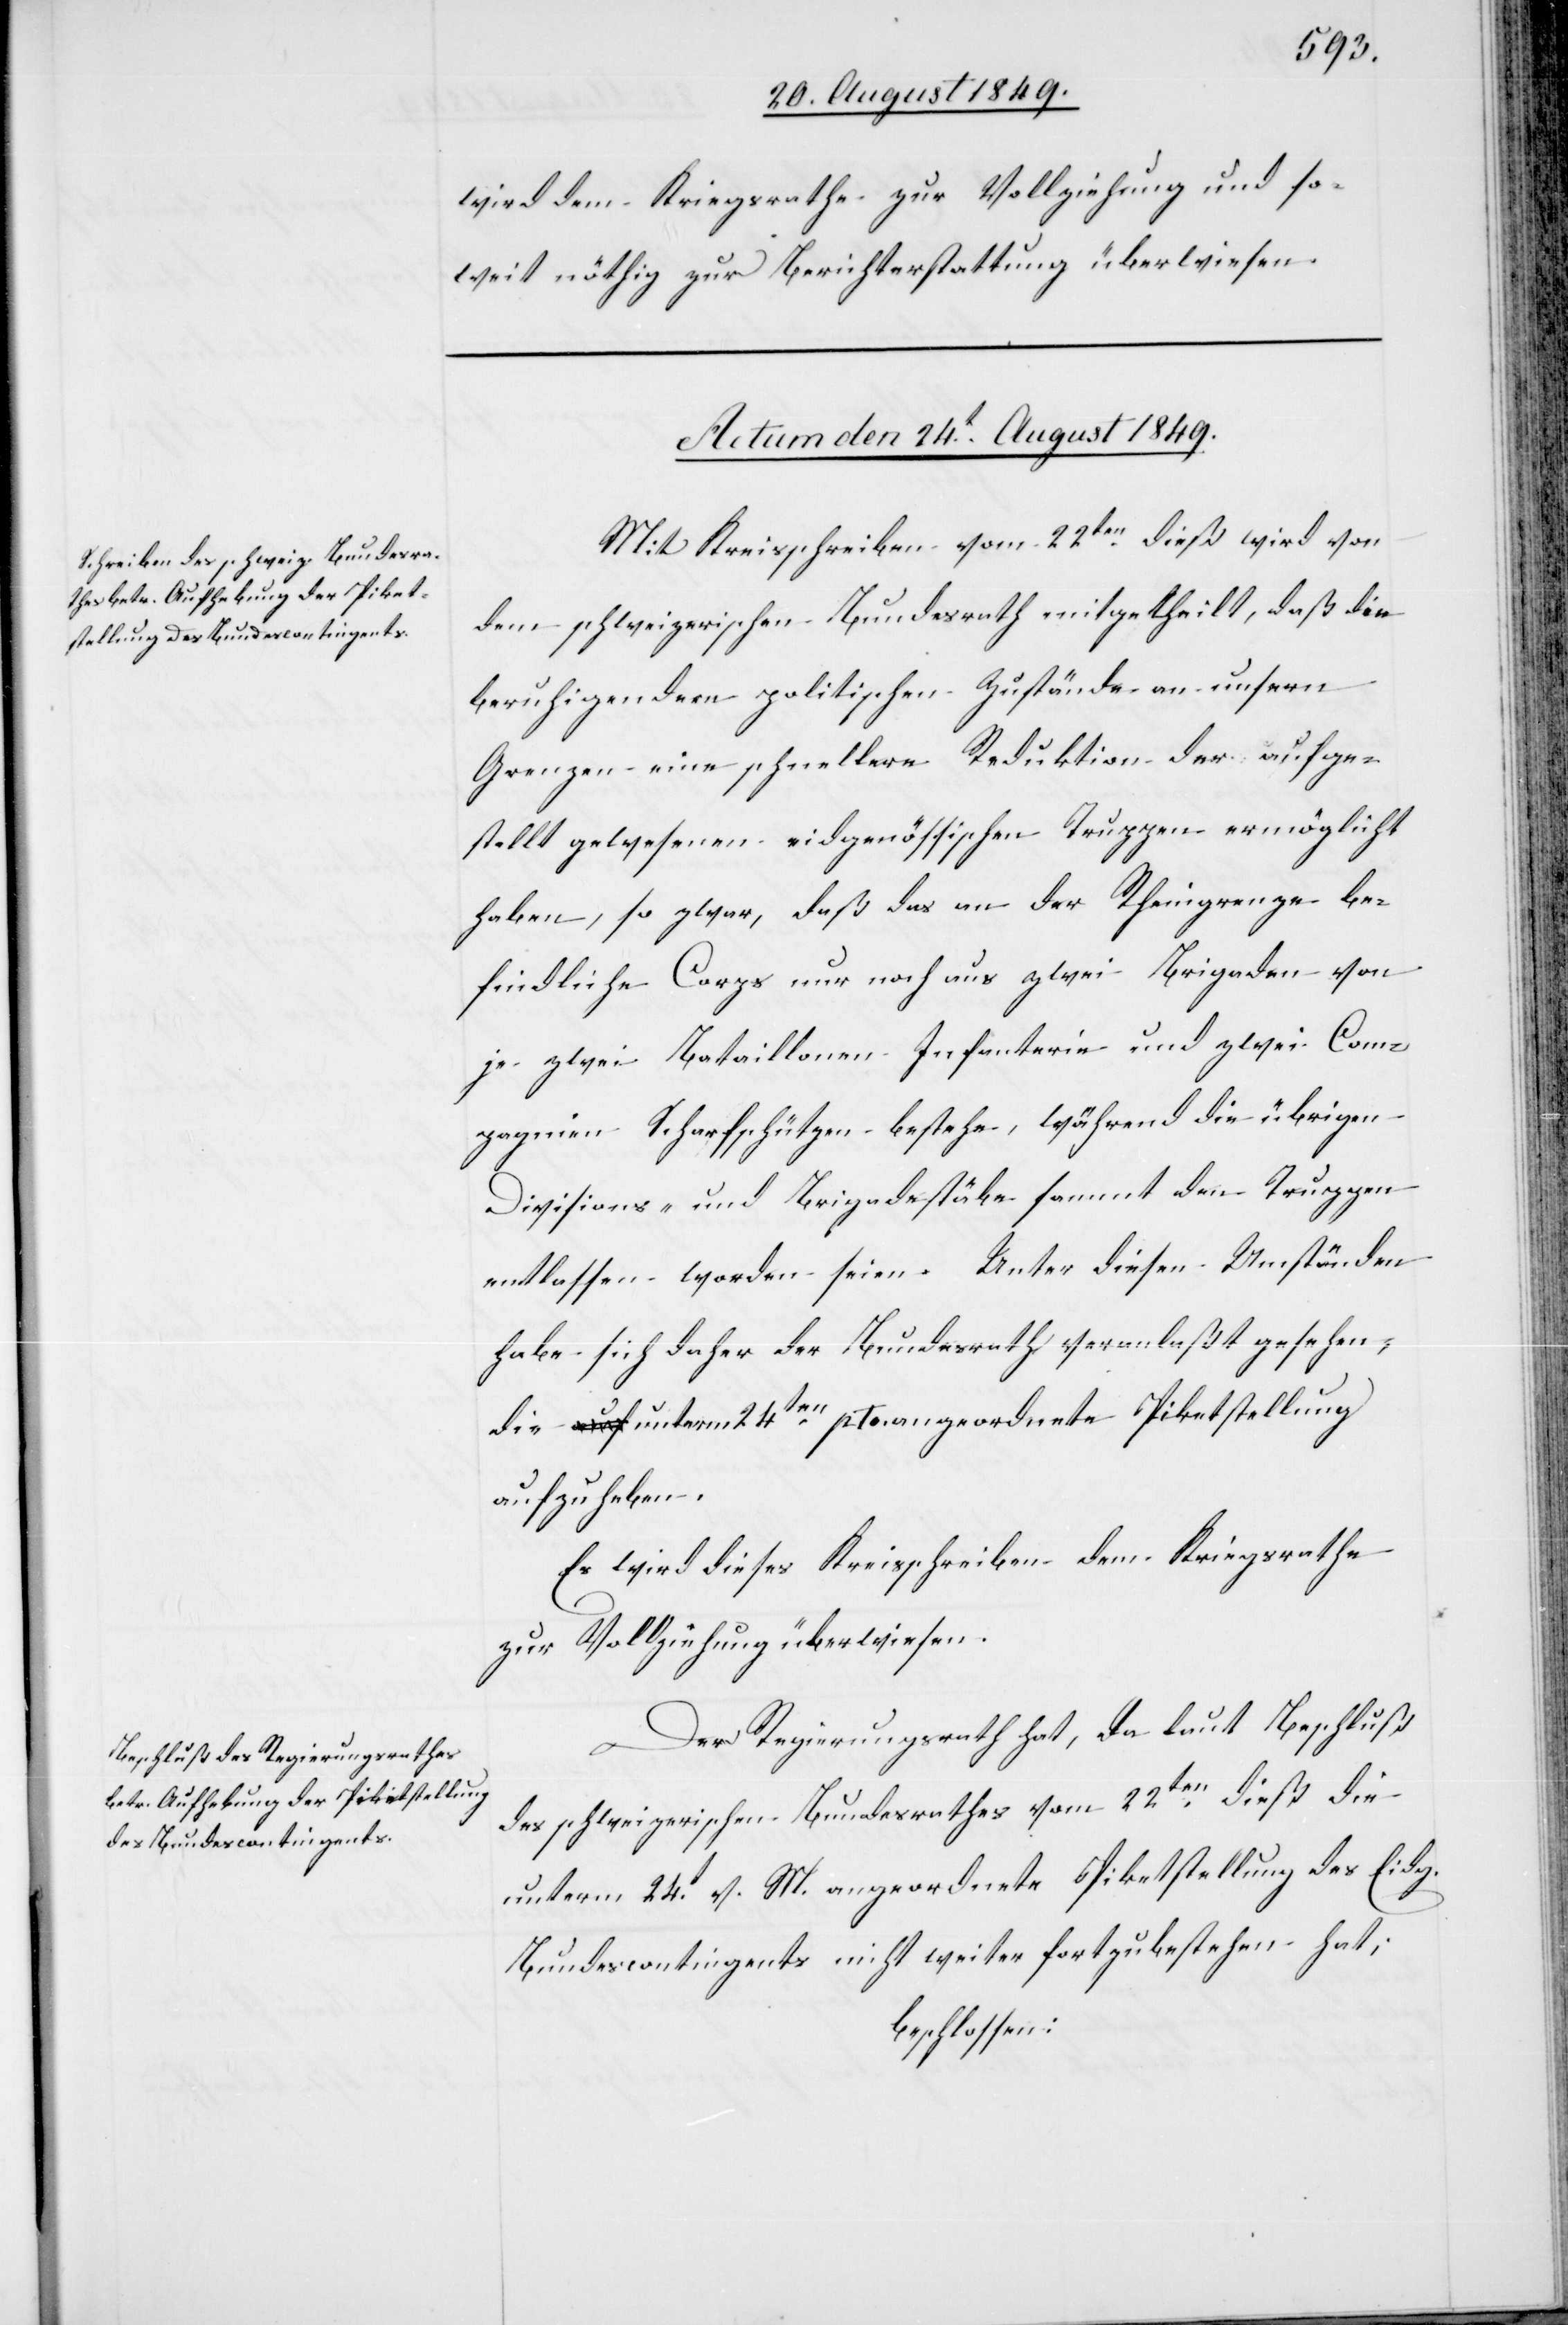
wird dem Kriegsrathe zur Vollziehung und so¬
weit nöthig zur Berichterstattung überwiesen.
Actum den 24t August 1849.]
Mit Kreisschreiben vom 22ten dieß wird von
dem schweizerischen Bundesrath mitgetheilt, daß die
beruhigenden politischen Zustände an unsern
Grenzen eine schnellere Reduktion der aufge¬
stellt gewesenen eidgenössischen Truppen ermöglicht
haben, so zwar, daß das an der Rheingrenze be¬
findliche Corps nur noch aus zwei Brigaden von
je zwei Bataillonen Infanterie und zwei Com¬
pagnien Scharfschützen bestehe, während die übrigen
Divisions- und Brigadestäbe sammt den Truppen
entlassen worden seien. Unter diesen Umständen
habe sich daher der Bundesrath veranlaßt gesehen,
die unterm 24ten pto. angeordnete Piketstellung
aufzuheben.
Es wird dieses Kreisschreiben dem Kriegsrathe
zur Vollziehung überwiesen.
Der Regierungsrath hat, da laut Beschluß
des schweizerischen Bundesrathes vom 22ten dieß die
unterm 24t v. M. angeordnete Piketstellung des Eidg.
Bundescontingents nicht weiter fortzubestehen hat;
beschlossen: